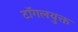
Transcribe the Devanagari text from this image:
टॉगलयुक्त